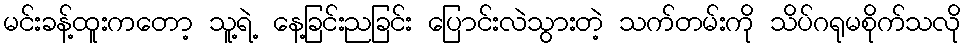
မင်းခန့်ထူးကတော့ သူ့ရဲ့ နေ့ခြင်းညခြင်း ပြောင်းလဲသွားတဲ့ သက်တမ်းကို သိပ်ဂရုမစိုက်သလို